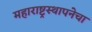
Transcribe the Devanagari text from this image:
महाराष्ट्रस्थापनेचा